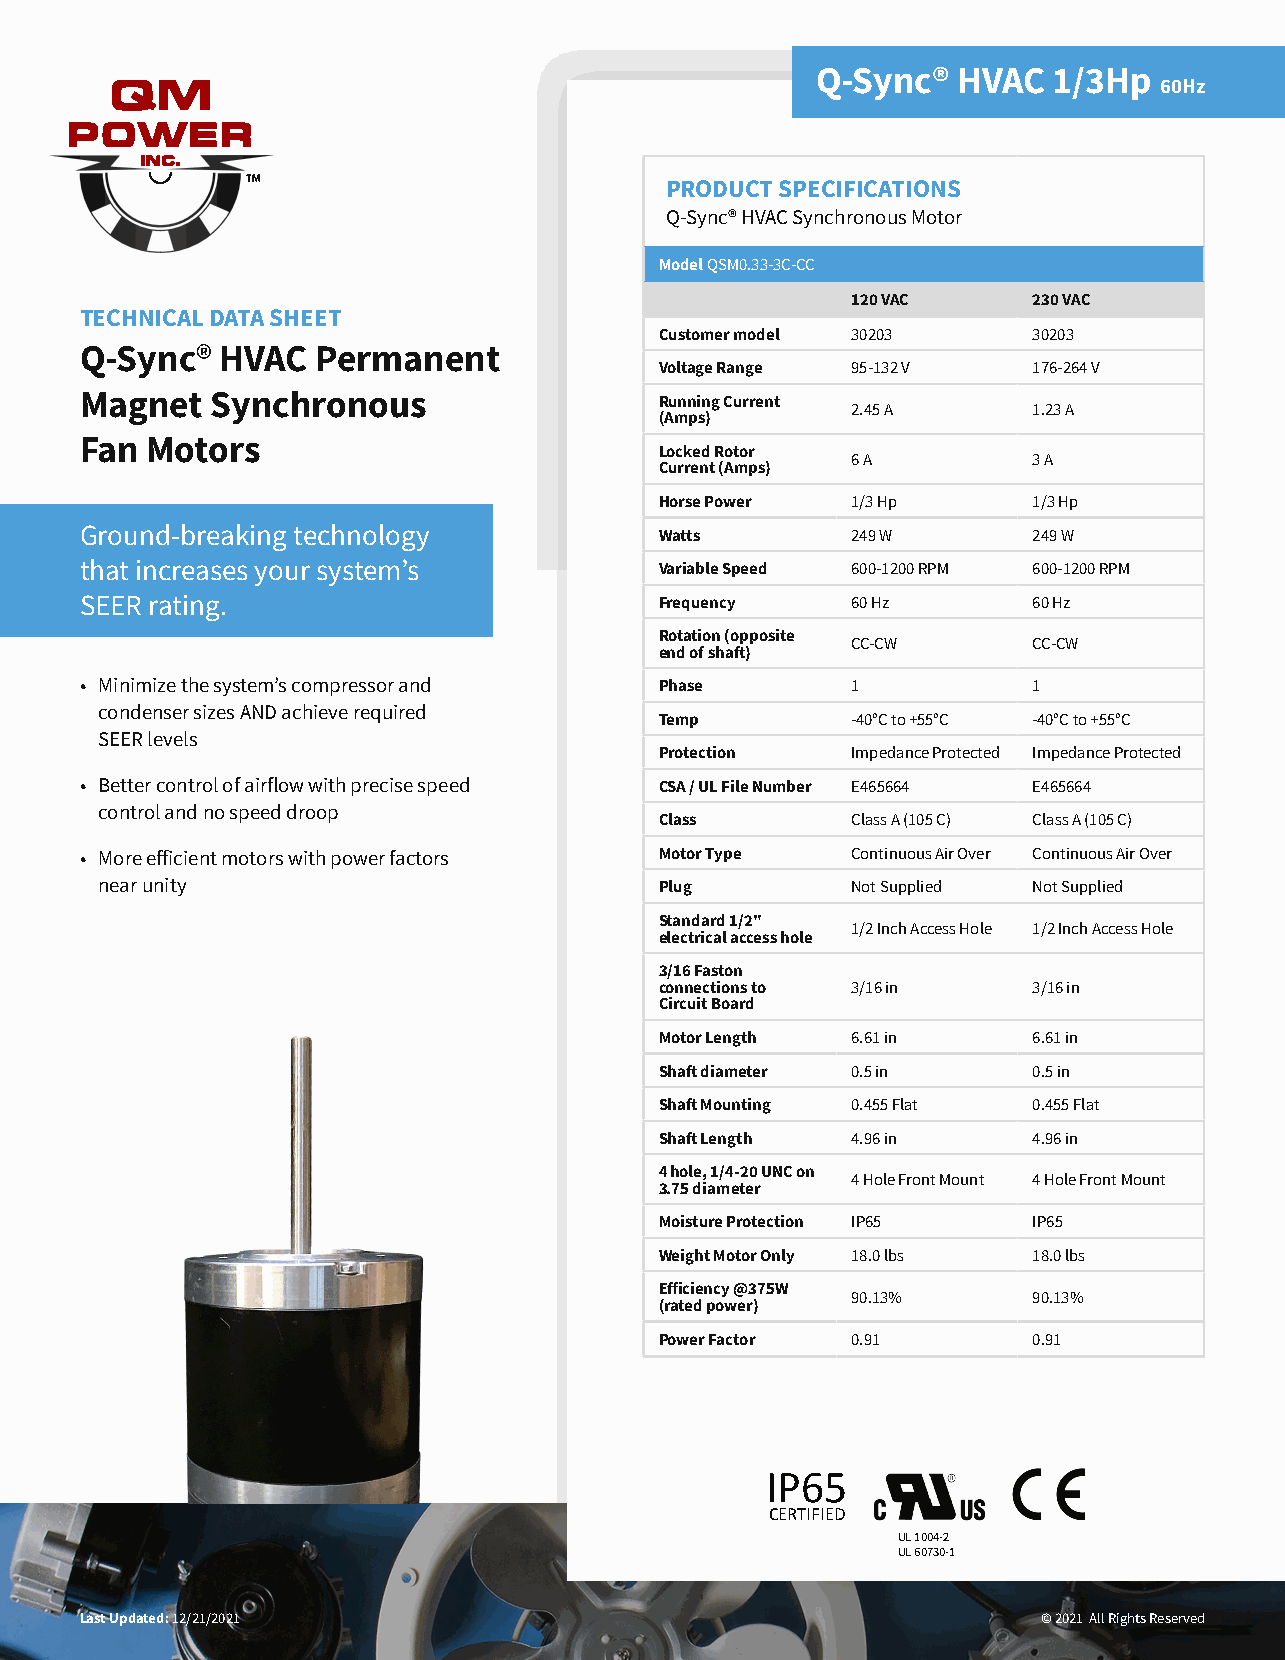
Q-Sync®  HVAC   1/3Hp
 60Hz
 PRODUCT SPECIFICATIONS
 Q-Sync® HVAC Synchronous Motor
 Model QSM0.33-3C-CC
 120 VAC     230 VAC
 TECHNICAL DATA SHEET
 Customer model 30203    30203
 Q-Sync®   HVAC  Permanent
 Voltage Range 95-132 V  176-264 V
 Magnet   Synchronous                   Running Current
 2.45 A      1.23 A
 (Amps)
 Fan  Motors
 Locked Rotor
 6 A         3 A
 Current (Amps)
 Horse Power 1/3 Hp      1/3 Hp
 Ground-breaking technology             Watts       249 W       249 W
 that increases your system’s           Variable Speed 600-1200 RPM 600-1200 RPM
 SEER rating.                           Frequency   60 Hz       60 Hz
 Rotation (opposite
 CC-CW       CC-CW
 end of shaft)
 • Minimize the system’s compressor and Phase       1           1
 condenser sizes AND achieve required
 Temp        -40°C to +55°C -40°C to +55°C
 SEER levels
 Protection  Impedance Protected Impedance Protected
 • Better control of airflow with precise speed CSA / UL File Number E465664 E465664
 control and no speed droop
 Class       Class A (105 C) Class A (105 C)
 • More efficient motors with power factors Motor Type Continuous Air Over Continuous Air Over
 near unity                           Plug        Not Supplied Not Supplied
 Standard 1/2"
 1/2 Inch Access Hole 1/2 Inch Access Hole
 electrical access hole
 3/16 Faston
 connections to 3/16 in  3/16 in
 Circuit Board
 Motor Length 6.61 in    6.61 in
 Shaft diameter 0.5 in   0.5 in
 Shaft Mounting 0.455 Flat 0.455 Flat
 Shaft Length 4.96 in    4.96 in
 4 hole, 1/4-20 UNC on
 4 Hole Front Mount 4 Hole Front Mount
 3.75 diameter
 Moisture Protection IP65 IP65
 Weight Motor Only 18.0 lbs 18.0 lbs
 Efficiency @375W
 90.13%      90.13%
 (rated power)
 Power Factor 0.91       0.91
 IP65
 CERTIFIED
 UL 1004-2
 UL 60730-1
 Last Updated: 12/21/2021                                        © 2021 All Rights Reserved